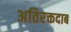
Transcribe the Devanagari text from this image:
अतिरक्तदाब